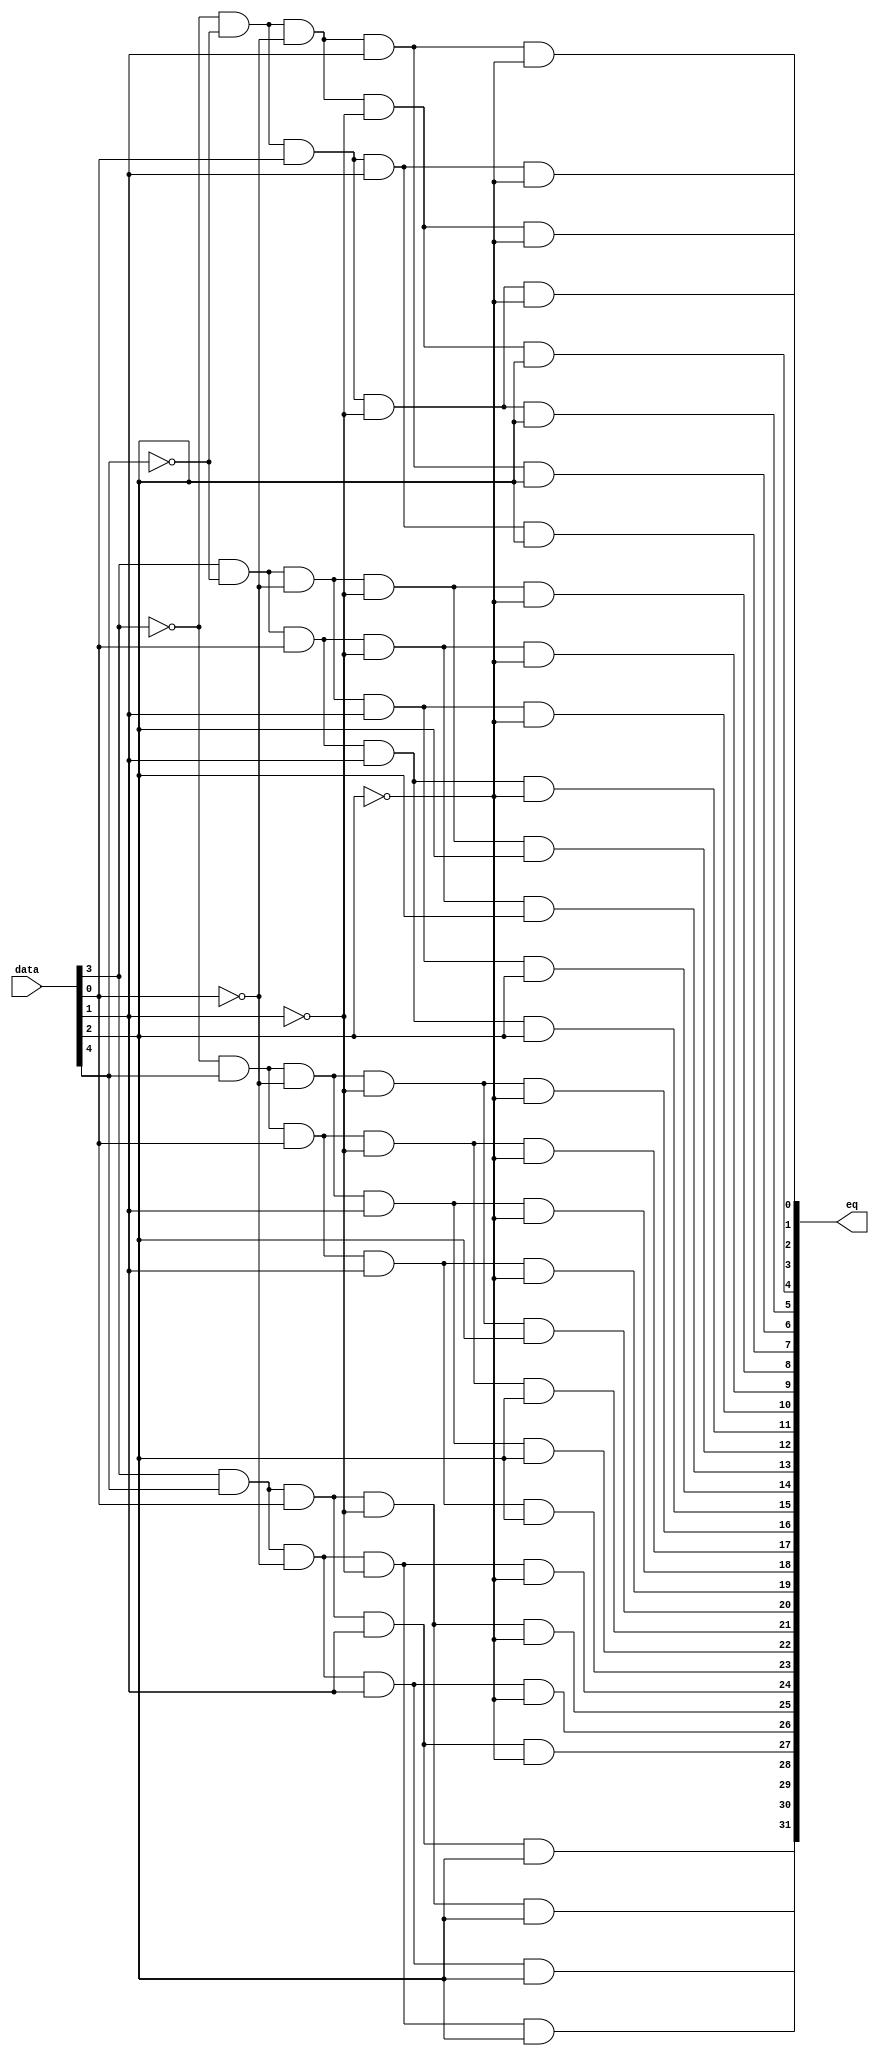
module  Chowdhury_LPM_5x32Decoder_Dec7_decode
	( 
	data,
	eq) /* synthesis synthesis_clearbox=1 */;
	input   [4:0]  data;
	output   [31:0]  eq;
`ifndef ALTERA_RESERVED_QIS
// synopsys translate_off
`endif
	tri0   [4:0]  data;
`ifndef ALTERA_RESERVED_QIS
// synopsys translate_on
`endif

	wire  [4:0]  data_wire;
	wire  [31:0]  eq_node;
	wire  [31:0]  eq_wire;
	wire  [2:0]  w_anode106w;
	wire  [3:0]  w_anode116w;
	wire  [3:0]  w_anode127w;
	wire  [3:0]  w_anode137w;
	wire  [3:0]  w_anode147w;
	wire  [3:0]  w_anode157w;
	wire  [3:0]  w_anode167w;
	wire  [3:0]  w_anode177w;
	wire  [3:0]  w_anode17w;
	wire  [3:0]  w_anode187w;
	wire  [2:0]  w_anode198w;
	wire  [3:0]  w_anode208w;
	wire  [3:0]  w_anode219w;
	wire  [3:0]  w_anode229w;
	wire  [3:0]  w_anode239w;
	wire  [3:0]  w_anode249w;
	wire  [3:0]  w_anode259w;
	wire  [3:0]  w_anode269w;
	wire  [3:0]  w_anode279w;
	wire  [2:0]  w_anode290w;
	wire  [3:0]  w_anode300w;
	wire  [3:0]  w_anode311w;
	wire  [3:0]  w_anode321w;
	wire  [3:0]  w_anode331w;
	wire  [3:0]  w_anode341w;
	wire  [3:0]  w_anode34w;
	wire  [3:0]  w_anode351w;
	wire  [3:0]  w_anode361w;
	wire  [3:0]  w_anode371w;
	wire  [2:0]  w_anode3w;
	wire  [3:0]  w_anode44w;
	wire  [3:0]  w_anode54w;
	wire  [3:0]  w_anode64w;
	wire  [3:0]  w_anode74w;
	wire  [3:0]  w_anode84w;
	wire  [3:0]  w_anode94w;
	wire  [2:0]  w_data1w;

	assign
		data_wire = data,
		eq = eq_node,
		eq_node = eq_wire[31:0],
		eq_wire = {{w_anode371w[3], w_anode361w[3], w_anode351w[3], w_anode341w[3], w_anode331w[3], w_anode321w[3], w_anode311w[3], w_anode300w[3]}, {w_anode279w[3], w_anode269w[3], w_anode259w[3], w_anode249w[3], w_anode239w[3], w_anode229w[3], w_anode219w[3], w_anode208w[3]}, {w_anode187w[3], w_anode177w[3], w_anode167w[3], w_anode157w[3], w_anode147w[3], w_anode137w[3], w_anode127w[3], w_anode116w[3]}, {w_anode94w[3], w_anode84w[3], w_anode74w[3], w_anode64w[3], w_anode54w[3], w_anode44w[3], w_anode34w[3], w_anode17w[3]}},
		w_anode106w = {(w_anode106w[1] & (~ data_wire[4])), (w_anode106w[0] & data_wire[3]), 1'b1},
		w_anode116w = {(w_anode116w[2] & (~ w_data1w[2])), (w_anode116w[1] & (~ w_data1w[1])), (w_anode116w[0] & (~ w_data1w[0])), w_anode106w[2]},
		w_anode127w = {(w_anode127w[2] & (~ w_data1w[2])), (w_anode127w[1] & (~ w_data1w[1])), (w_anode127w[0] & w_data1w[0]), w_anode106w[2]},
		w_anode137w = {(w_anode137w[2] & (~ w_data1w[2])), (w_anode137w[1] & w_data1w[1]), (w_anode137w[0] & (~ w_data1w[0])), w_anode106w[2]},
		w_anode147w = {(w_anode147w[2] & (~ w_data1w[2])), (w_anode147w[1] & w_data1w[1]), (w_anode147w[0] & w_data1w[0]), w_anode106w[2]},
		w_anode157w = {(w_anode157w[2] & w_data1w[2]), (w_anode157w[1] & (~ w_data1w[1])), (w_anode157w[0] & (~ w_data1w[0])), w_anode106w[2]},
		w_anode167w = {(w_anode167w[2] & w_data1w[2]), (w_anode167w[1] & (~ w_data1w[1])), (w_anode167w[0] & w_data1w[0]), w_anode106w[2]},
		w_anode177w = {(w_anode177w[2] & w_data1w[2]), (w_anode177w[1] & w_data1w[1]), (w_anode177w[0] & (~ w_data1w[0])), w_anode106w[2]},
		w_anode17w = {(w_anode17w[2] & (~ w_data1w[2])), (w_anode17w[1] & (~ w_data1w[1])), (w_anode17w[0] & (~ w_data1w[0])), w_anode3w[2]},
		w_anode187w = {(w_anode187w[2] & w_data1w[2]), (w_anode187w[1] & w_data1w[1]), (w_anode187w[0] & w_data1w[0]), w_anode106w[2]},
		w_anode198w = {(w_anode198w[1] & data_wire[4]), (w_anode198w[0] & (~ data_wire[3])), 1'b1},
		w_anode208w = {(w_anode208w[2] & (~ w_data1w[2])), (w_anode208w[1] & (~ w_data1w[1])), (w_anode208w[0] & (~ w_data1w[0])), w_anode198w[2]},
		w_anode219w = {(w_anode219w[2] & (~ w_data1w[2])), (w_anode219w[1] & (~ w_data1w[1])), (w_anode219w[0] & w_data1w[0]), w_anode198w[2]},
		w_anode229w = {(w_anode229w[2] & (~ w_data1w[2])), (w_anode229w[1] & w_data1w[1]), (w_anode229w[0] & (~ w_data1w[0])), w_anode198w[2]},
		w_anode239w = {(w_anode239w[2] & (~ w_data1w[2])), (w_anode239w[1] & w_data1w[1]), (w_anode239w[0] & w_data1w[0]), w_anode198w[2]},
		w_anode249w = {(w_anode249w[2] & w_data1w[2]), (w_anode249w[1] & (~ w_data1w[1])), (w_anode249w[0] & (~ w_data1w[0])), w_anode198w[2]},
		w_anode259w = {(w_anode259w[2] & w_data1w[2]), (w_anode259w[1] & (~ w_data1w[1])), (w_anode259w[0] & w_data1w[0]), w_anode198w[2]},
		w_anode269w = {(w_anode269w[2] & w_data1w[2]), (w_anode269w[1] & w_data1w[1]), (w_anode269w[0] & (~ w_data1w[0])), w_anode198w[2]},
		w_anode279w = {(w_anode279w[2] & w_data1w[2]), (w_anode279w[1] & w_data1w[1]), (w_anode279w[0] & w_data1w[0]), w_anode198w[2]},
		w_anode290w = {(w_anode290w[1] & data_wire[4]), (w_anode290w[0] & data_wire[3]), 1'b1},
		w_anode300w = {(w_anode300w[2] & (~ w_data1w[2])), (w_anode300w[1] & (~ w_data1w[1])), (w_anode300w[0] & (~ w_data1w[0])), w_anode290w[2]},
		w_anode311w = {(w_anode311w[2] & (~ w_data1w[2])), (w_anode311w[1] & (~ w_data1w[1])), (w_anode311w[0] & w_data1w[0]), w_anode290w[2]},
		w_anode321w = {(w_anode321w[2] & (~ w_data1w[2])), (w_anode321w[1] & w_data1w[1]), (w_anode321w[0] & (~ w_data1w[0])), w_anode290w[2]},
		w_anode331w = {(w_anode331w[2] & (~ w_data1w[2])), (w_anode331w[1] & w_data1w[1]), (w_anode331w[0] & w_data1w[0]), w_anode290w[2]},
		w_anode341w = {(w_anode341w[2] & w_data1w[2]), (w_anode341w[1] & (~ w_data1w[1])), (w_anode341w[0] & (~ w_data1w[0])), w_anode290w[2]},
		w_anode34w = {(w_anode34w[2] & (~ w_data1w[2])), (w_anode34w[1] & (~ w_data1w[1])), (w_anode34w[0] & w_data1w[0]), w_anode3w[2]},
		w_anode351w = {(w_anode351w[2] & w_data1w[2]), (w_anode351w[1] & (~ w_data1w[1])), (w_anode351w[0] & w_data1w[0]), w_anode290w[2]},
		w_anode361w = {(w_anode361w[2] & w_data1w[2]), (w_anode361w[1] & w_data1w[1]), (w_anode361w[0] & (~ w_data1w[0])), w_anode290w[2]},
		w_anode371w = {(w_anode371w[2] & w_data1w[2]), (w_anode371w[1] & w_data1w[1]), (w_anode371w[0] & w_data1w[0]), w_anode290w[2]},
		w_anode3w = {(w_anode3w[1] & (~ data_wire[4])), (w_anode3w[0] & (~ data_wire[3])), 1'b1},
		w_anode44w = {(w_anode44w[2] & (~ w_data1w[2])), (w_anode44w[1] & w_data1w[1]), (w_anode44w[0] & (~ w_data1w[0])), w_anode3w[2]},
		w_anode54w = {(w_anode54w[2] & (~ w_data1w[2])), (w_anode54w[1] & w_data1w[1]), (w_anode54w[0] & w_data1w[0]), w_anode3w[2]},
		w_anode64w = {(w_anode64w[2] & w_data1w[2]), (w_anode64w[1] & (~ w_data1w[1])), (w_anode64w[0] & (~ w_data1w[0])), w_anode3w[2]},
		w_anode74w = {(w_anode74w[2] & w_data1w[2]), (w_anode74w[1] & (~ w_data1w[1])), (w_anode74w[0] & w_data1w[0]), w_anode3w[2]},
		w_anode84w = {(w_anode84w[2] & w_data1w[2]), (w_anode84w[1] & w_data1w[1]), (w_anode84w[0] & (~ w_data1w[0])), w_anode3w[2]},
		w_anode94w = {(w_anode94w[2] & w_data1w[2]), (w_anode94w[1] & w_data1w[1]), (w_anode94w[0] & w_data1w[0]), w_anode3w[2]},
		w_data1w = data_wire[2:0];
endmodule
module Chowdhury_LPM_5x32Decoder_Dec7 (
	data,
	eq0,
	eq1,
	eq10,
	eq11,
	eq12,
	eq13,
	eq14,
	eq15,
	eq16,
	eq17,
	eq18,
	eq19,
	eq2,
	eq20,
	eq21,
	eq22,
	eq23,
	eq24,
	eq25,
	eq26,
	eq27,
	eq28,
	eq29,
	eq3,
	eq30,
	eq31,
	eq4,
	eq5,
	eq6,
	eq7,
	eq8,
	eq9)/* synthesis synthesis_clearbox = 1 */;

	input	[4:0]  data;
	output	  eq0;
	output	  eq1;
	output	  eq10;
	output	  eq11;
	output	  eq12;
	output	  eq13;
	output	  eq14;
	output	  eq15;
	output	  eq16;
	output	  eq17;
	output	  eq18;
	output	  eq19;
	output	  eq2;
	output	  eq20;
	output	  eq21;
	output	  eq22;
	output	  eq23;
	output	  eq24;
	output	  eq25;
	output	  eq26;
	output	  eq27;
	output	  eq28;
	output	  eq29;
	output	  eq3;
	output	  eq30;
	output	  eq31;
	output	  eq4;
	output	  eq5;
	output	  eq6;
	output	  eq7;
	output	  eq8;
	output	  eq9;

	wire [31:0] sub_wire0;
	wire [9:9] sub_wire32 = sub_wire0[9:9];
	wire [8:8] sub_wire31 = sub_wire0[8:8];
	wire [7:7] sub_wire30 = sub_wire0[7:7];
	wire [6:6] sub_wire29 = sub_wire0[6:6];
	wire [5:5] sub_wire28 = sub_wire0[5:5];
	wire [4:4] sub_wire27 = sub_wire0[4:4];
	wire [31:31] sub_wire26 = sub_wire0[31:31];
	wire [30:30] sub_wire25 = sub_wire0[30:30];
	wire [3:3] sub_wire24 = sub_wire0[3:3];
	wire [29:29] sub_wire23 = sub_wire0[29:29];
	wire [28:28] sub_wire22 = sub_wire0[28:28];
	wire [27:27] sub_wire21 = sub_wire0[27:27];
	wire [26:26] sub_wire20 = sub_wire0[26:26];
	wire [25:25] sub_wire19 = sub_wire0[25:25];
	wire [24:24] sub_wire18 = sub_wire0[24:24];
	wire [23:23] sub_wire17 = sub_wire0[23:23];
	wire [22:22] sub_wire16 = sub_wire0[22:22];
	wire [21:21] sub_wire15 = sub_wire0[21:21];
	wire [20:20] sub_wire14 = sub_wire0[20:20];
	wire [2:2] sub_wire13 = sub_wire0[2:2];
	wire [19:19] sub_wire12 = sub_wire0[19:19];
	wire [18:18] sub_wire11 = sub_wire0[18:18];
	wire [17:17] sub_wire10 = sub_wire0[17:17];
	wire [16:16] sub_wire9 = sub_wire0[16:16];
	wire [15:15] sub_wire8 = sub_wire0[15:15];
	wire [14:14] sub_wire7 = sub_wire0[14:14];
	wire [13:13] sub_wire6 = sub_wire0[13:13];
	wire [12:12] sub_wire5 = sub_wire0[12:12];
	wire [11:11] sub_wire4 = sub_wire0[11:11];
	wire [10:10] sub_wire3 = sub_wire0[10:10];
	wire [1:1] sub_wire2 = sub_wire0[1:1];
	wire [0:0] sub_wire1 = sub_wire0[0:0];
	wire  eq0 = sub_wire1;
	wire  eq1 = sub_wire2;
	wire  eq10 = sub_wire3;
	wire  eq11 = sub_wire4;
	wire  eq12 = sub_wire5;
	wire  eq13 = sub_wire6;
	wire  eq14 = sub_wire7;
	wire  eq15 = sub_wire8;
	wire  eq16 = sub_wire9;
	wire  eq17 = sub_wire10;
	wire  eq18 = sub_wire11;
	wire  eq19 = sub_wire12;
	wire  eq2 = sub_wire13;
	wire  eq20 = sub_wire14;
	wire  eq21 = sub_wire15;
	wire  eq22 = sub_wire16;
	wire  eq23 = sub_wire17;
	wire  eq24 = sub_wire18;
	wire  eq25 = sub_wire19;
	wire  eq26 = sub_wire20;
	wire  eq27 = sub_wire21;
	wire  eq28 = sub_wire22;
	wire  eq29 = sub_wire23;
	wire  eq3 = sub_wire24;
	wire  eq30 = sub_wire25;
	wire  eq31 = sub_wire26;
	wire  eq4 = sub_wire27;
	wire  eq5 = sub_wire28;
	wire  eq6 = sub_wire29;
	wire  eq7 = sub_wire30;
	wire  eq8 = sub_wire31;
	wire  eq9 = sub_wire32;

	Chowdhury_LPM_5x32Decoder_Dec7_decode	Chowdhury_LPM_5x32Decoder_Dec7_decode_component (
				.data (data),
				.eq (sub_wire0));

endmodule